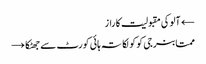
← آلوکی مقبولیت کا راز
ممتابنرجی کوکولکاتہ ہائی کورٹ سے جھٹکا →